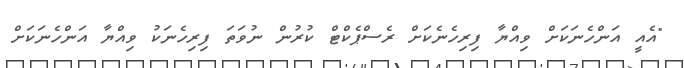
"އެއީ އަންހެނަކަށް ވިއްޔާ ފިރިހެނެކަށް ރެސްޕެކްޓް ކުރުން ނުވަތަ ފިރިހެނަކު ވިއްޔާ އަންހެނަކަށް